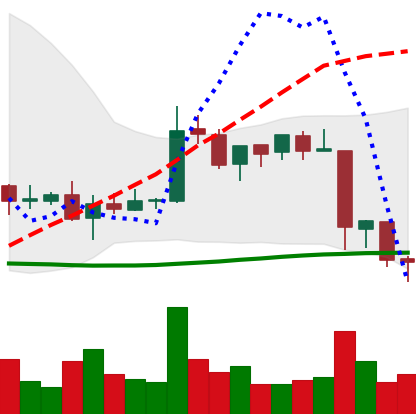
Ticker: EOS-USD
Chart end date: 2018-06-13
Forward return: 5.67%
Label: up_5_7